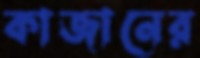
কাজানের